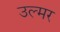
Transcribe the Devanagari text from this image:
उल्मर